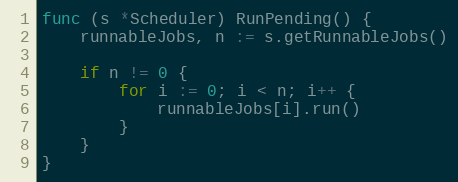
Language: Go
func (s *Scheduler) RunPending() {
	runnableJobs, n := s.getRunnableJobs()

	if n != 0 {
		for i := 0; i < n; i++ {
			runnableJobs[i].run()
		}
	}
}